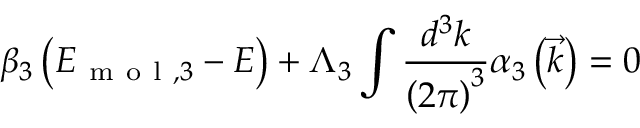
\beta _ { 3 } \left( E _ { \mathrm { ~ m ~ o ~ l ~ } , 3 } - E \right) + \Lambda _ { 3 } \int \frac { d ^ { 3 } k } { \left( 2 \pi \right) ^ { 3 } } \alpha _ { 3 } \left( \vec { k } \right) = 0